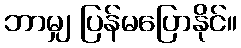
ဘာမျှ ပြန်မပြောနိုင်။